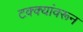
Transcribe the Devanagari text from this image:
टक्‍क्‍यांवरून